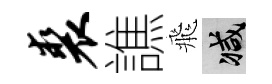
裘譙飛减